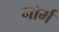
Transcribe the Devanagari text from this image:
नाॅर्म